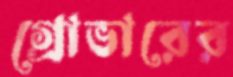
গ্রোভারের